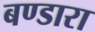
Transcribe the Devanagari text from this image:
बण्डारा